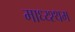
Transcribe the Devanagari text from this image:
माध्य्श्थम